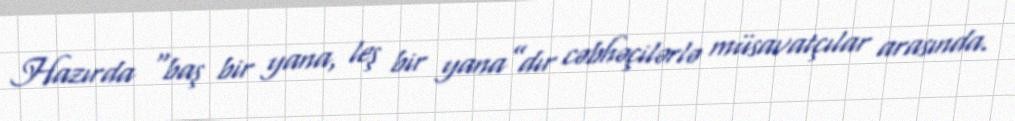
Hazırda “baş bir yana, leş bir yana”dır cəbhəçilərlə müsavatçılar arasında.